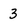
Character: 3